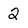
Character: 2